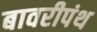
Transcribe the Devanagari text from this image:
बावरीपंथ